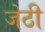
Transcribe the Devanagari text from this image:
जेठी